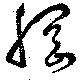
綱